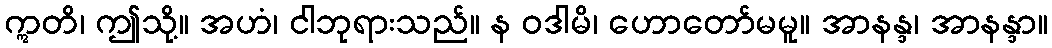
ဣတိ၊ ဤသို့။ အဟံ၊ ငါဘုရားသည်။ န ဝဒါမိ၊ ဟောတော်မမူ။ အာနန္ဒ၊ အာနန္ဒာ။